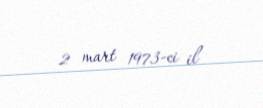
2 mart 1973-ci il